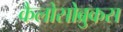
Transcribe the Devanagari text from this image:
कैलोसोब्रुकस